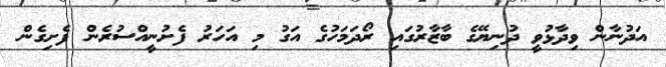
އަދުނާން ވިދާޅުވީ ދުނިޔޭގެ ބާޒާރުގައި ރޯދަމަހުގެ އަގު މި އަހަރު ފެށުނީއްސުރެން ފެށިގެން